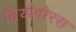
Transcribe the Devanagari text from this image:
दियोदोरस